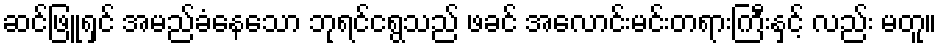
ဆင်ဖြူရှင် အမည်ခံနေသော ဘုရင်ငရွသည် ဖခင် အလောင်းမင်းတရားကြီးနှင့် လည်း မတူ။